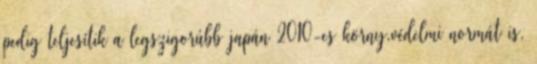
pedig teljesítik a legszigorúbb japán 2010-es körny.védelmi normát is,